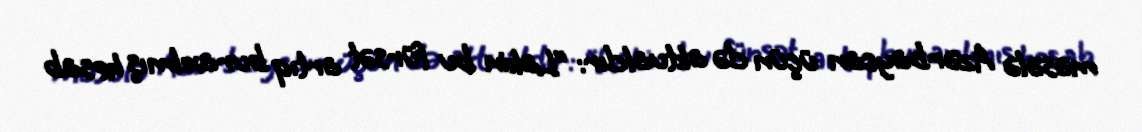
məsələ Azərbaycan üçün də aktualdır: “Lakin bu fürsət artıq buraxılmış hesab